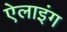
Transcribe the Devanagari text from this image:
ऐलाइंग